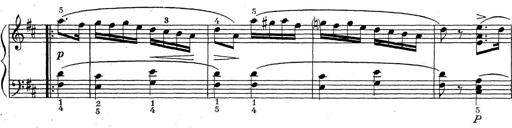
Title: ÄŒeskÃ© Sonatiny
Composer: Various